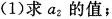
(1)求a_{2}的值；